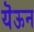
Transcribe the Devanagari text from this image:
यॆऊन